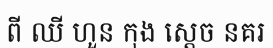
ពី ឈី ហួន កុង ស្តេច នគរ